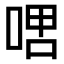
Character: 𫪞